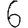
Digit: 6